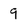
Character: 9